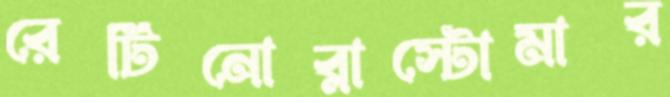
রেটিনোব্লাস্টোমার